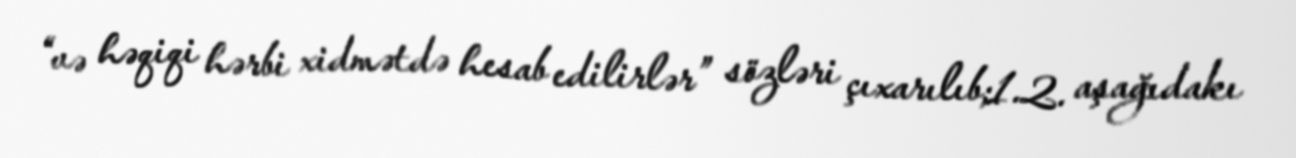
“və həqiqi hərbi xidmətdə hesab edilirlər” sözləri çıxarılıb;1.2. aşağıdakı